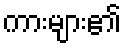
ကားများ၏